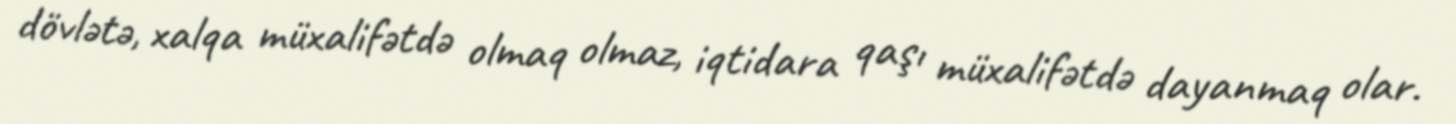
dövlətə, xalqa müxalifətdə olmaq olmaz, iqtidara qaşı müxalifətdə dayanmaq olar.